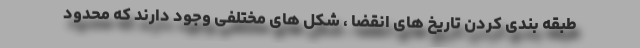
طبقه بندی کردن تاریخ های انقضا ، شکل های مختلفی وجود دارند که محدود